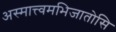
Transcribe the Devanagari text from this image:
अस्मात्त्वमभिजातोसि